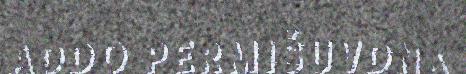
ADDO PERMIŠUVDNA